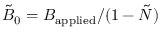
\tilde { B } _ { 0 } = B _ { \mathrm { a p p l i e d } } / ( 1 - \tilde { N } )